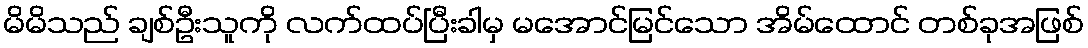
မိမိသည် ချစ်ဦးသူကို လက်ထပ်ပြီးခါမှ မအောင်မြင်သော အိမ်ထောင် တစ်ခုအဖြစ်